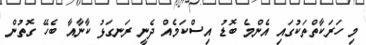
މި ހަރަކާތްތަކުގައި އެންމެ ބޮޑު އިސްކަމެއް ދެނީ ރަނގަޅު ކާނާއާ ބެހޭ ގޮތުން